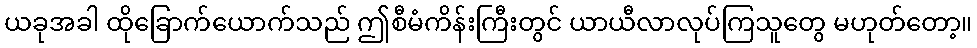
ယခုအခါ ထိုခြောက်ယောက်သည် ဤစီမံကိန်းကြီးတွင် ယာယီလာလုပ်ကြသူတွေ မဟုတ်တော့။